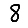
Digit: 8